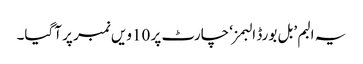
یہ البم ’بل بورڈ البمز‘ چارٹ پر 10ویں نمبر پر آگیا۔